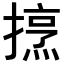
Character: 𢴒